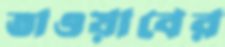
তাওয়াবের